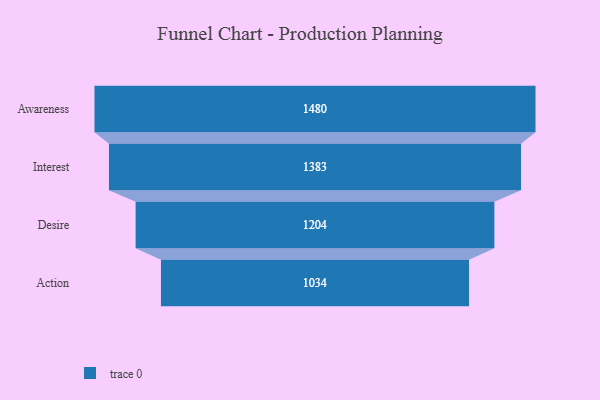
{"axis": {"x": "Stage", "y": "Value"}, "legend": [""], "data": [{"x": "Awareness", "y": 1480.0, "type": ""}, {"x": "Interest", "y": 1383.0, "type": ""}, {"x": "Desire", "y": 1204.0, "type": ""}, {"x": "Action", "y": 1034.0, "type": ""}]}